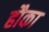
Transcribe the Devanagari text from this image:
हौका